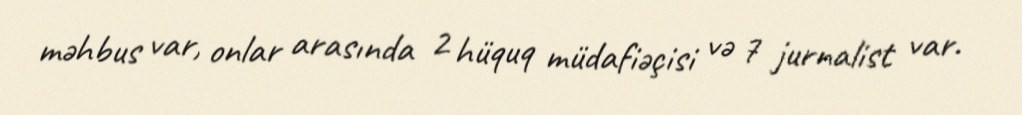
məhbus var, onlar arasında 2 hüquq müdafiəçisi və 7 jurnalist var.